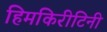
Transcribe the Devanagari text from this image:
हिमकिरीटिनी